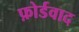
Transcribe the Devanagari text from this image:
फ़ोर्डवाद